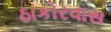
ઠાકોરવાસ